Lunatic asylums Central Provinces reports 1910-1926 - 1910-1926
Year: 1910
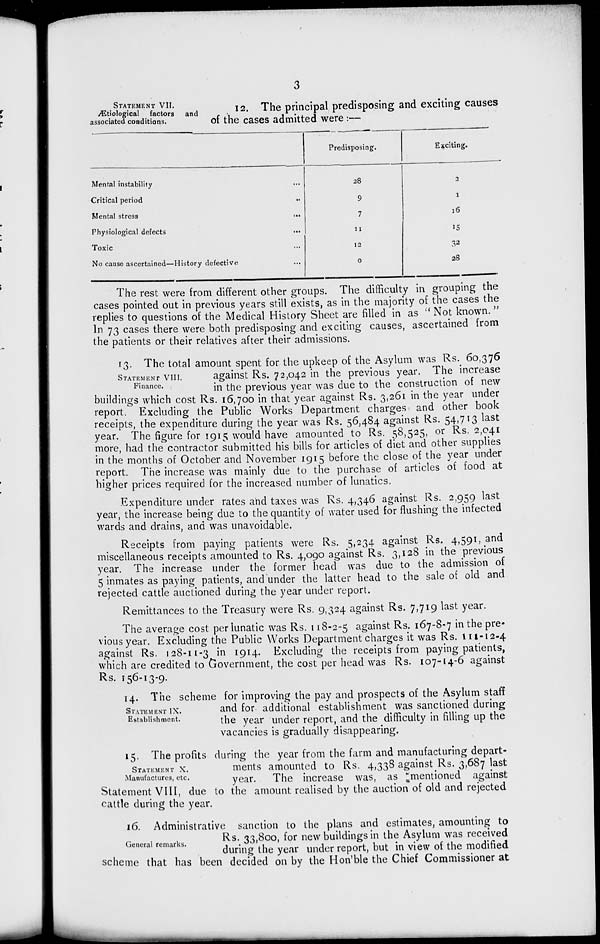
3
STATEMENT Æt i o l o g i c a l factors
and
associated conditions.
12. The principal predisposing and exciting causes
of the cases admitted were :—
Mental instability ...
Critical period ...
Mental stress
...
Physiological defects ...
Toxic ...
No cause ascertained—History defective ...
Predisposing.
28
9
7
11
12
0
Exciting.
2
1
16
15
32
28
The rest were from different other groups. The difficulty in grouping the
cases pointed out in previous years still exists, as in the majority of the cases the
replies to questions of the Medical History Sheet are filled in as "Not known."
In 73 cases there were both predisposing and exciting causes, ascertained from
the patients or their relatives after their admissions.
STATEMENT VIII.
Finance.
13. The total amount spent for the upkeep of the Asylum was Rs. 60,376
against Rs. 72,042 in the previous year. The increase
in the previous year was due to the construction of new
buildings which cost Rs. 16,700 in that year against Rs. 3,261 in the year under
report. Excluding the Public Works Department charges and other book
receipts, the expenditure during the year was Rs. 56,484 against Rs. 54,713 last
year. The figure for 1915 would have amounted to Rs. 58,525, or Rs. 2,041
more, had the contractor submitted his bills for articles of diet and other supplies
in the months of October and November 1915 before the close of the year under
report. The increase was mainly due to the purchase of articles of food at
higher prices required for the increased number of lunatics.
Expenditure under rates and taxes was Rs. 4,346 against Rs. 2,959 last
year, the increase being due to the quantity of water used for flushing the infected
wards and drains, and was unavoidable.
Receipts from paying patients were Rs. 5,234 against Rs. 4,591, and
miscellaneous receipts amounted to Rs. 4,090 against Rs. 3,128 in the previous
year. The increase under the former head was due to the admission of
5 inmates as paying patients, and under the latter head to the sale of old and
rejected cattle auctioned during the year under report.
Remittances to the Treasury were Rs. 9,324 against Rs. 7,719 last year.
The average cost per lunatic was Rs. 118-2-5 against Rs. 167-8-7 in the pre-
vious year. Excluding the Public Works Department charges it was Rs. 111-12-4
against Rs. 128-11-3 in 1914. Excluding the receipts from paying patients,
which are credited to Government, the cost per head was Rs. 107-14-6 against
Rs. 156-13-9.
STATEMENT IX.
Establishment.
14. The scheme for improving the pay and prospects of the Asylum staff
and for additional establishment was sanctioned during
the year under report, and the difficulty in filling up the
vacancies is gradually disappearing.
STATEMENT X.
Manufactures, etc.
15. The profits during the year from the farm and manufacturing depart-
ments amounted to Rs. 4,338 against Rs. 3,687 last
year.
The increase was, as mentioned against
Statement VIII, due to the amount realised by the auction of old and rejected
cattle during the year.
General remarks.
16. Administrative sanction to the plans and estimates, amounting to
Rs.33,800, for new buildings in the Asylum was received
during the year under report, but in view of the modified
scheme that has been decided on by the Hon'ble the Chief Commissioner at